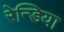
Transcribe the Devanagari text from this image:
रेन्डिया